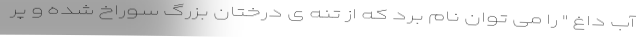
آب داغ " را می توان نام برد که از تنه ی درختان بزرگ سوراخ شده و پر